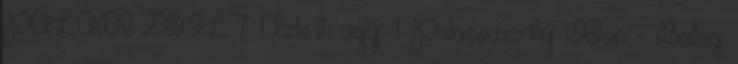
PALÁDI ZSOLT Üzleti ügy 1 Palasovszky Ödön - Ballag